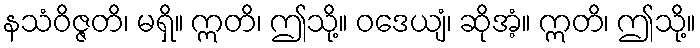
နသံဝိဇ္ဇတိ၊ မရှိ။ ဣတိ၊ ဤသို့။ ဝဒေယျံ၊ ဆိုအံ့။ ဣတိ၊ ဤသို့။